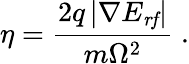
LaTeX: \eta=\frac{2q\left|\nabla E_{\mathit{rf}}\right|}{m\Omega^{2}}\; .